Annual report of the Punjab Veterinary College and of the Civil Veterinary Department, Punjab - 1894-1908
Year: 1894
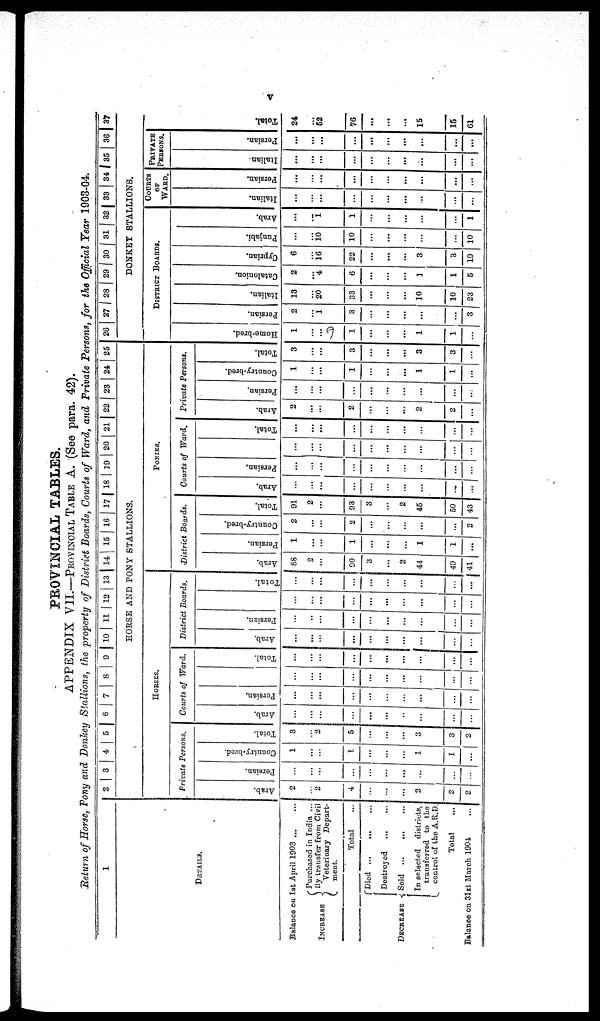
v
PROVINCIAL TABLES.
APPENDIX VII.—PROVINCIAL TABLE A. (See para. 42).
Return of Horse, Pony and Donkey Stallions, the property of District Boards, Courts of Ward, and Private Persons, for the Official Year 1903-04.
1
DETAILS.
Balance on 1st April 1903 ... ...
INCREASE
Purchased in India ...
By transfer from Civil
Veterinary Depart-
ment.
Total ...
DECREASE
Died ... ... ...
Destroyed ... ...
Sold ... ... ...
In selected districts,
transferred to the
control of the A.R.D.
Total ...
Balance on 31st March 1904
...
2 3 4 5 6 7 8 9 10 11 12 13 14 15 16 17 18 19 20 21 22 23 24 25
HORSE AND PONY STALLIONS.
HORSES.
Private Persons.
Arab.
2
...
2
4
...
...
...
2
2
2
Persian.
...
...
...
...
...
...
...
...
...
...
Country-bred.
1
...
...
1
...
...
...
1
1
...
Total.
3
...
2
5
...
...
...
3
3
2
Courts of Ward.
Arab.
...
...
...
...
...
...
...
...
...
...
Persian.
...
...
...
...
...
...
...
...
...
...
...
...
...
...
...
...
...
...
...
...
Total.
...
...
...
...
...
...
...
...
...
...
District Boards.
Arab.
...
...
...
...
...
...
...
...
...
...
Persian.
...
..
...
...
...
...
...
...
...
...
...
...
...
...
...
...
...
...
...
...
Total.
...
...
...
...
...
...
... ...
...
...
PONIES.
District Boards.
Arab.
88
2
...
90
3
...
2
44
49
41
Persian.
1
...
...
1
...
...
...
1
1
...
Country-bred.
2
...
...
2
...
...
...
...
.... 2
Total.
91
2
...
93
3
...
2
45
50
43
Courts of Ward.
Arab.
...
...
...
...
...
...
...
...
...
...
Persian.
...
...
...
...
...
...
...
...
...
...
...
...
...
...
...
...
...
...
...
...
Total.
...
...
...
...
...
...
...
...
...
...
Private Persons.
Arab.
2
...
...
2
...
...
...
2
2
...
Persian.
...
...
...
...
...
...
...
...
...
....
Country-bred.
1
...
...
1
...
...
...
1
1
...
Total.
3
...
...
3
...
...
...
3
3
...
26 27 28 29 30 31 32 33 34 35 36 37
DONKEY STALLIONS.
DISTRICT BOARDS.
Home -
br e d.
1
...
...
1
...
...
...
1
1
...
Per si an.
2
...
1
3
...
...
...
...
...
3
It al i an.
13
...
20
33
...
...
...
10
10
23
Cat al oni on.
2
...
4
6
...
...
...
3
1
5
Cypr i
an.
6
...
16
22
...
...
...
3
3
19
Punj abi .
...
...
10
10
...
...
...
...
...
10
Ar ab.
...
...
1
1
...
...
...
...
...
1
COURTS
OF
WARD.
I t al i an.
...
...
...
...
...
...
...
...
...
...
Per s i
an.
...
...
...
...
...
...
...
...
...
...
PRIVATE
PERSONS.
I t al i an.
...
...
...
...
...
...
...
...
...
...
Per s i
an.
...
...
...
...
...
...
...
...
...
...
Total.
24
...
52
76
...
...
...
15
15
61